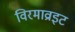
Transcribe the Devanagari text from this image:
विरमाव्राइट